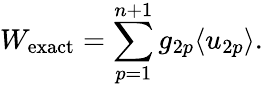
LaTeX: W_{\mathrm{exact}}=\sum_{p=1}^{n+1}g_{2p}\langle u_{2p}\rangle.